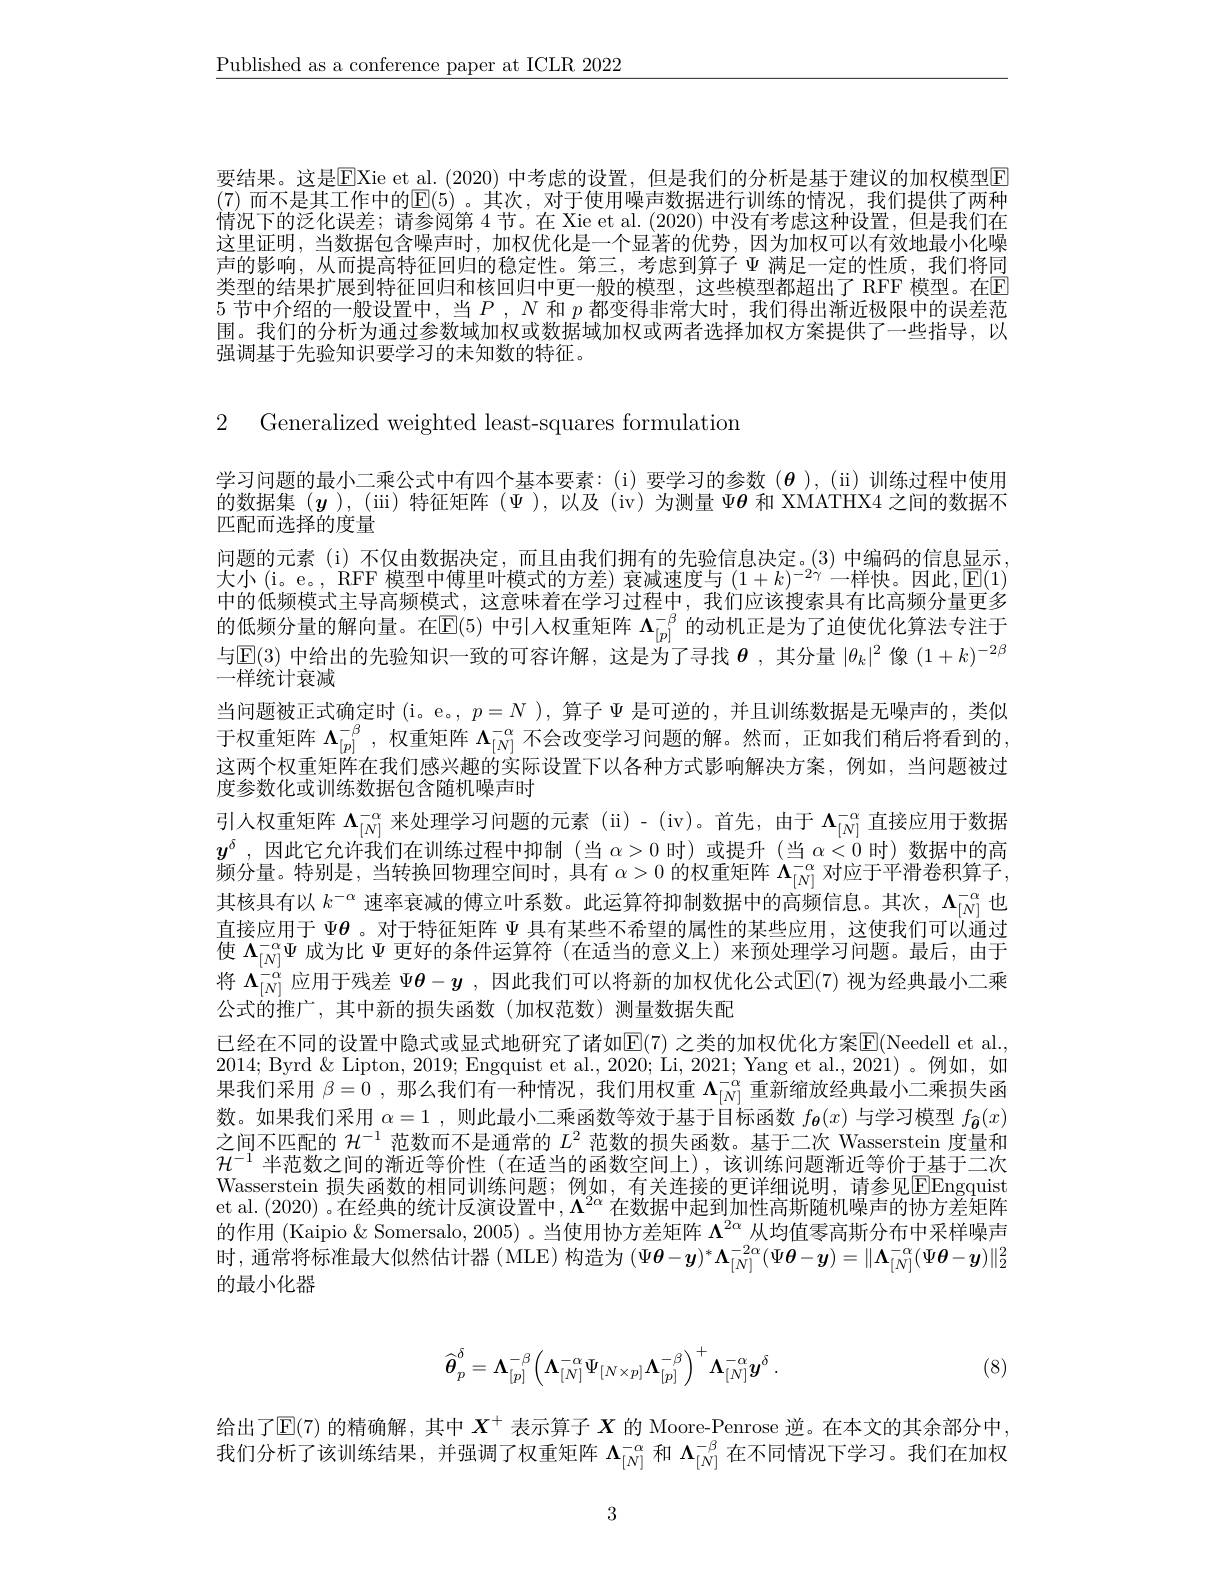
$\underline{\text{Published as a conference paper at ICLR 2022}}$

要结果。这是EXie et al. (2020) 中考虑的设置，但是我们的分析是基于建议的加权模型E (7) 而不是其工作中的$\mathbb{E}(5)$。其次，对于使用噪声数据进行训练的情况，我们提供了两种情况下的泛化误差；请参阅第 4 节。在 Xie et al. (2020)中没有考虑这种设置，但是我们在这里证明，当数据包含噪声时，加权优化是一个显著的优势，因为加权可以有效地最小化噪声的影响，从而提高特征回归的稳定性。第三，考虑到算子$\Psi$满足一定的性质，我们将同类型的结果扩展到特征回归和核回归中更一般的模型，这些模型都超出了 RFF 模型。在$\Gamma$ 5节中介绍的一般设置中，当$P,N$和$p$都变得非常大时，我们得出渐近极限中的误差范围。我们的分析为通过参数域加权或数据域加权或两者选择加权方案提供了一些指导，以强调基于先验知识要学习的未知数的特征。

2 Generalized weighted least-squares formulation

学习问题的最小二乘公式中有四个基本要素：(i)要学习的参数($\theta),(ii)训练过程中使用$ 的数据集(y),(iii)特征矩阵($\Psi),以及(iv)为测量\Psi\theta 和 XMATHX4 之间的数据不$ 匹配而选择的度量
问题的元素(i)不仅由数据决定，而且由我们拥有的先验信息决定。(3)中编码的信息显示大小(i。e。, RFF 模型中傅里叶模式的方差) 衰减速度与 $(1+k)^{-2\gamma}$一样快。因此，E(1) 中的低频模式主导高频模式，这意味着在学习过程中，我们应该搜索具有比高频分量更多的低频分量的解向量。在$\mathbb{E}(5)$中引人权重矩阵$\Lambda_[p]^{-\beta}$的动机正是为了迫使优化算法专注于与$\operatorname{E}(3)$中给出的先验知识一致的可容许解，这是为了寻找$\boldsymbol{\theta}$,其分量$|\theta_k|^2$像$(1+k)^-2\beta$ 一样统计衰减
当问题被正式确定时(i。e。,$p=N$ ),算子$\Psi$是可逆的，并且训练数据是无噪声的，类似于权重矩阵$\Lambda_[p]^{-\beta}$ ,权重矩阵$\Lambda_[N]^{-\alpha}$不会改变学习问题的解。然而，正如我们稍后将看到的， 这两个权重矩阵在我们感兴趣的实际设置下以各种方式影响解决方案，例如，当问题被过度参数化或训练数据包含随机噪声时
引人权重矩阵$\Lambda_[N]^{-\alpha}$来处理学习问题的元素 (ii)- (iv)。首先，由于$\Lambda_[N]^{-\alpha}$直接应用于数据$y^{\delta}$ ,因此它允许我们在训练过程中抑制 (当$\alpha>0$时)或提升 (当$\alpha<0$时)数据中的高频分量。特别是，当转换回物理空间时，具有$\alpha>0$的权重矩阵$\Lambda_[N]^{-\alpha}$对应于平滑卷积算子， 其核具有以$k^{-\alpha}$速率衰减的傅立叶系数。此运算符抑制数据中的高频信息。其次，$\Lambda_{[N]}^{-\alpha}$也直接应用于$\Psi\boldsymbol{\theta}$ 。对于特征矩阵$\Psi$具有某些不希望的属性的某些应用，这使我们可以通过使$\Lambda_{[N]}^{-\alpha}\Psi$成为比$\Psi$更好的条件运算符 (在适当的意义上)来预处理学习问题。最后，由于将$\Lambda_{[N]}^{-\alpha}$应用于残差$\Psi\boldsymbol{\theta}-\boldsymbol{y}$ ,因此我们可以将新的加权优化公式$\operatorname{E}(7)$视为经典最小二乘公式的推广，其中新的损失函数(加权范数)测量数据失配
已经在不同的设置中隐式或显式地研究了诸如$\mathbb{E}(7)$ 之类的加权优化方案$\mathbb{E}($Needell et al., 2014; Byrd & Lipton, 2019; Engquist et al., 2020; Li, 2021; Yang et al., 2021) 。例如，如果我们采用$\beta=0$ ,那么我们有一种情况，我们用权重$\Lambda_{[N]}^{-\alpha}$重新缩放经典最小二乘损失函数。如果我们采用$\alpha=1$ ,则此最小二乘函数等效于基于目标函数$f_{\boldsymbol{\theta}}(x)$与学习模型$f_{\widehat{\boldsymbol{\theta}}}(x)$ 之间不匹配的$\mathcal{H}^{-1}$范数而不是通常的$L^2$范数的损失函数。基于二次 Wasserstein 度量和$\mathcal{H}^{-1}$半范数之间的渐近等价性(在适当的函数空间上),该训练问题渐近等价于基于二次Wasserstein 损失函数的相同训练问题；例如，有关连接的更详细说明，请参见$\boxed{\mathrm{E}}$Engquist et al. (2020) 。在经典的统计反演设置中$,\Lambda^2\alpha$ 在数据中起到加性高斯随机噪声的协方差矩阵的作用 (Kaipio & Somersalo, 2005) 。当使用协方差矩阵$\Lambda^{2\alpha}$从均值零高斯分布中采样噪声时，通常将标准最大似然估计器( MLE) 构造为$(\Psi\boldsymbol{\theta}-\boldsymbol{y})^*\boldsymbol{\Lambda}_{[N]}^{-2\alpha}(\Psi\boldsymbol{\theta}-\boldsymbol{y})=\|\boldsymbol{\Lambda}_{[N]}^{-\alpha}(\Psi\boldsymbol{\theta}-\boldsymbol{y})\|_{2}^{2}$ 的最小化器
$$\widehat{\boldsymbol{\theta}}_{p}^{\delta}=\boldsymbol{\Lambda}_{[p]}^{-\beta}\Big(\boldsymbol{\Lambda}_{[N]}^{-\alpha}\Psi_{[N\times p]}\boldsymbol{\Lambda}_{[p]}^{-\beta}\Big)^{+}\boldsymbol{\Lambda}_{[N]}^{-\alpha}\boldsymbol{y}^{\delta}\:.$$
(8)

给出了$\mathbb{E}(7)$的精确解，其中$X^+$表示算子$X$的 Moore-Penrose 逆。在本文的其余部分中， 我们分析了该训练结果，并强调了权重矩阵$\Lambda_{[N]}^{-\alpha}$和$\Lambda_{[N]}^{-\beta}$在不同情况下学习。我们在加权

3